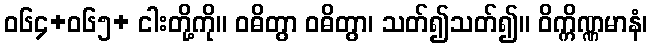
ဝ၆၄+၀၆၅+ ငါးတို့ကို။ ဝဓိတွာ ဝဓိတွာ၊ သတ်၍သတ်၍။ ဝိက္ကိဏ္ဏမာနံ၊